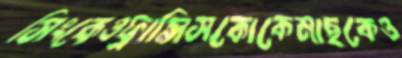
সিংকেওফ্রান্সিসকোকেমাছকেও